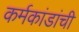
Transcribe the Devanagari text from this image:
कर्मकांडांची